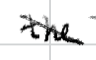
Text: the
Cross-out: diagonal
Writing tool: digital_black